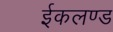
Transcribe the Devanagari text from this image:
ईकलण्ड